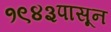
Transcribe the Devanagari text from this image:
१९४३पासून